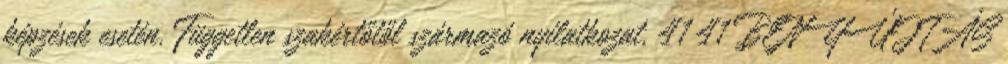
képzések esetén. Független szakértőtől származó nyilatkozat. 41 41 BENYÚJTÁS